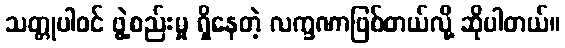
သတ္တုပါဝင် ဖွဲ့စည်းမှု ရှိနေတဲ့ လက္ခဏာဖြစ်တယ်လို့ ဆိုပါတယ်။